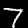
Label: 7